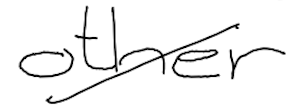
Text: other
Cross-out: mix
Writing tool: digital_black